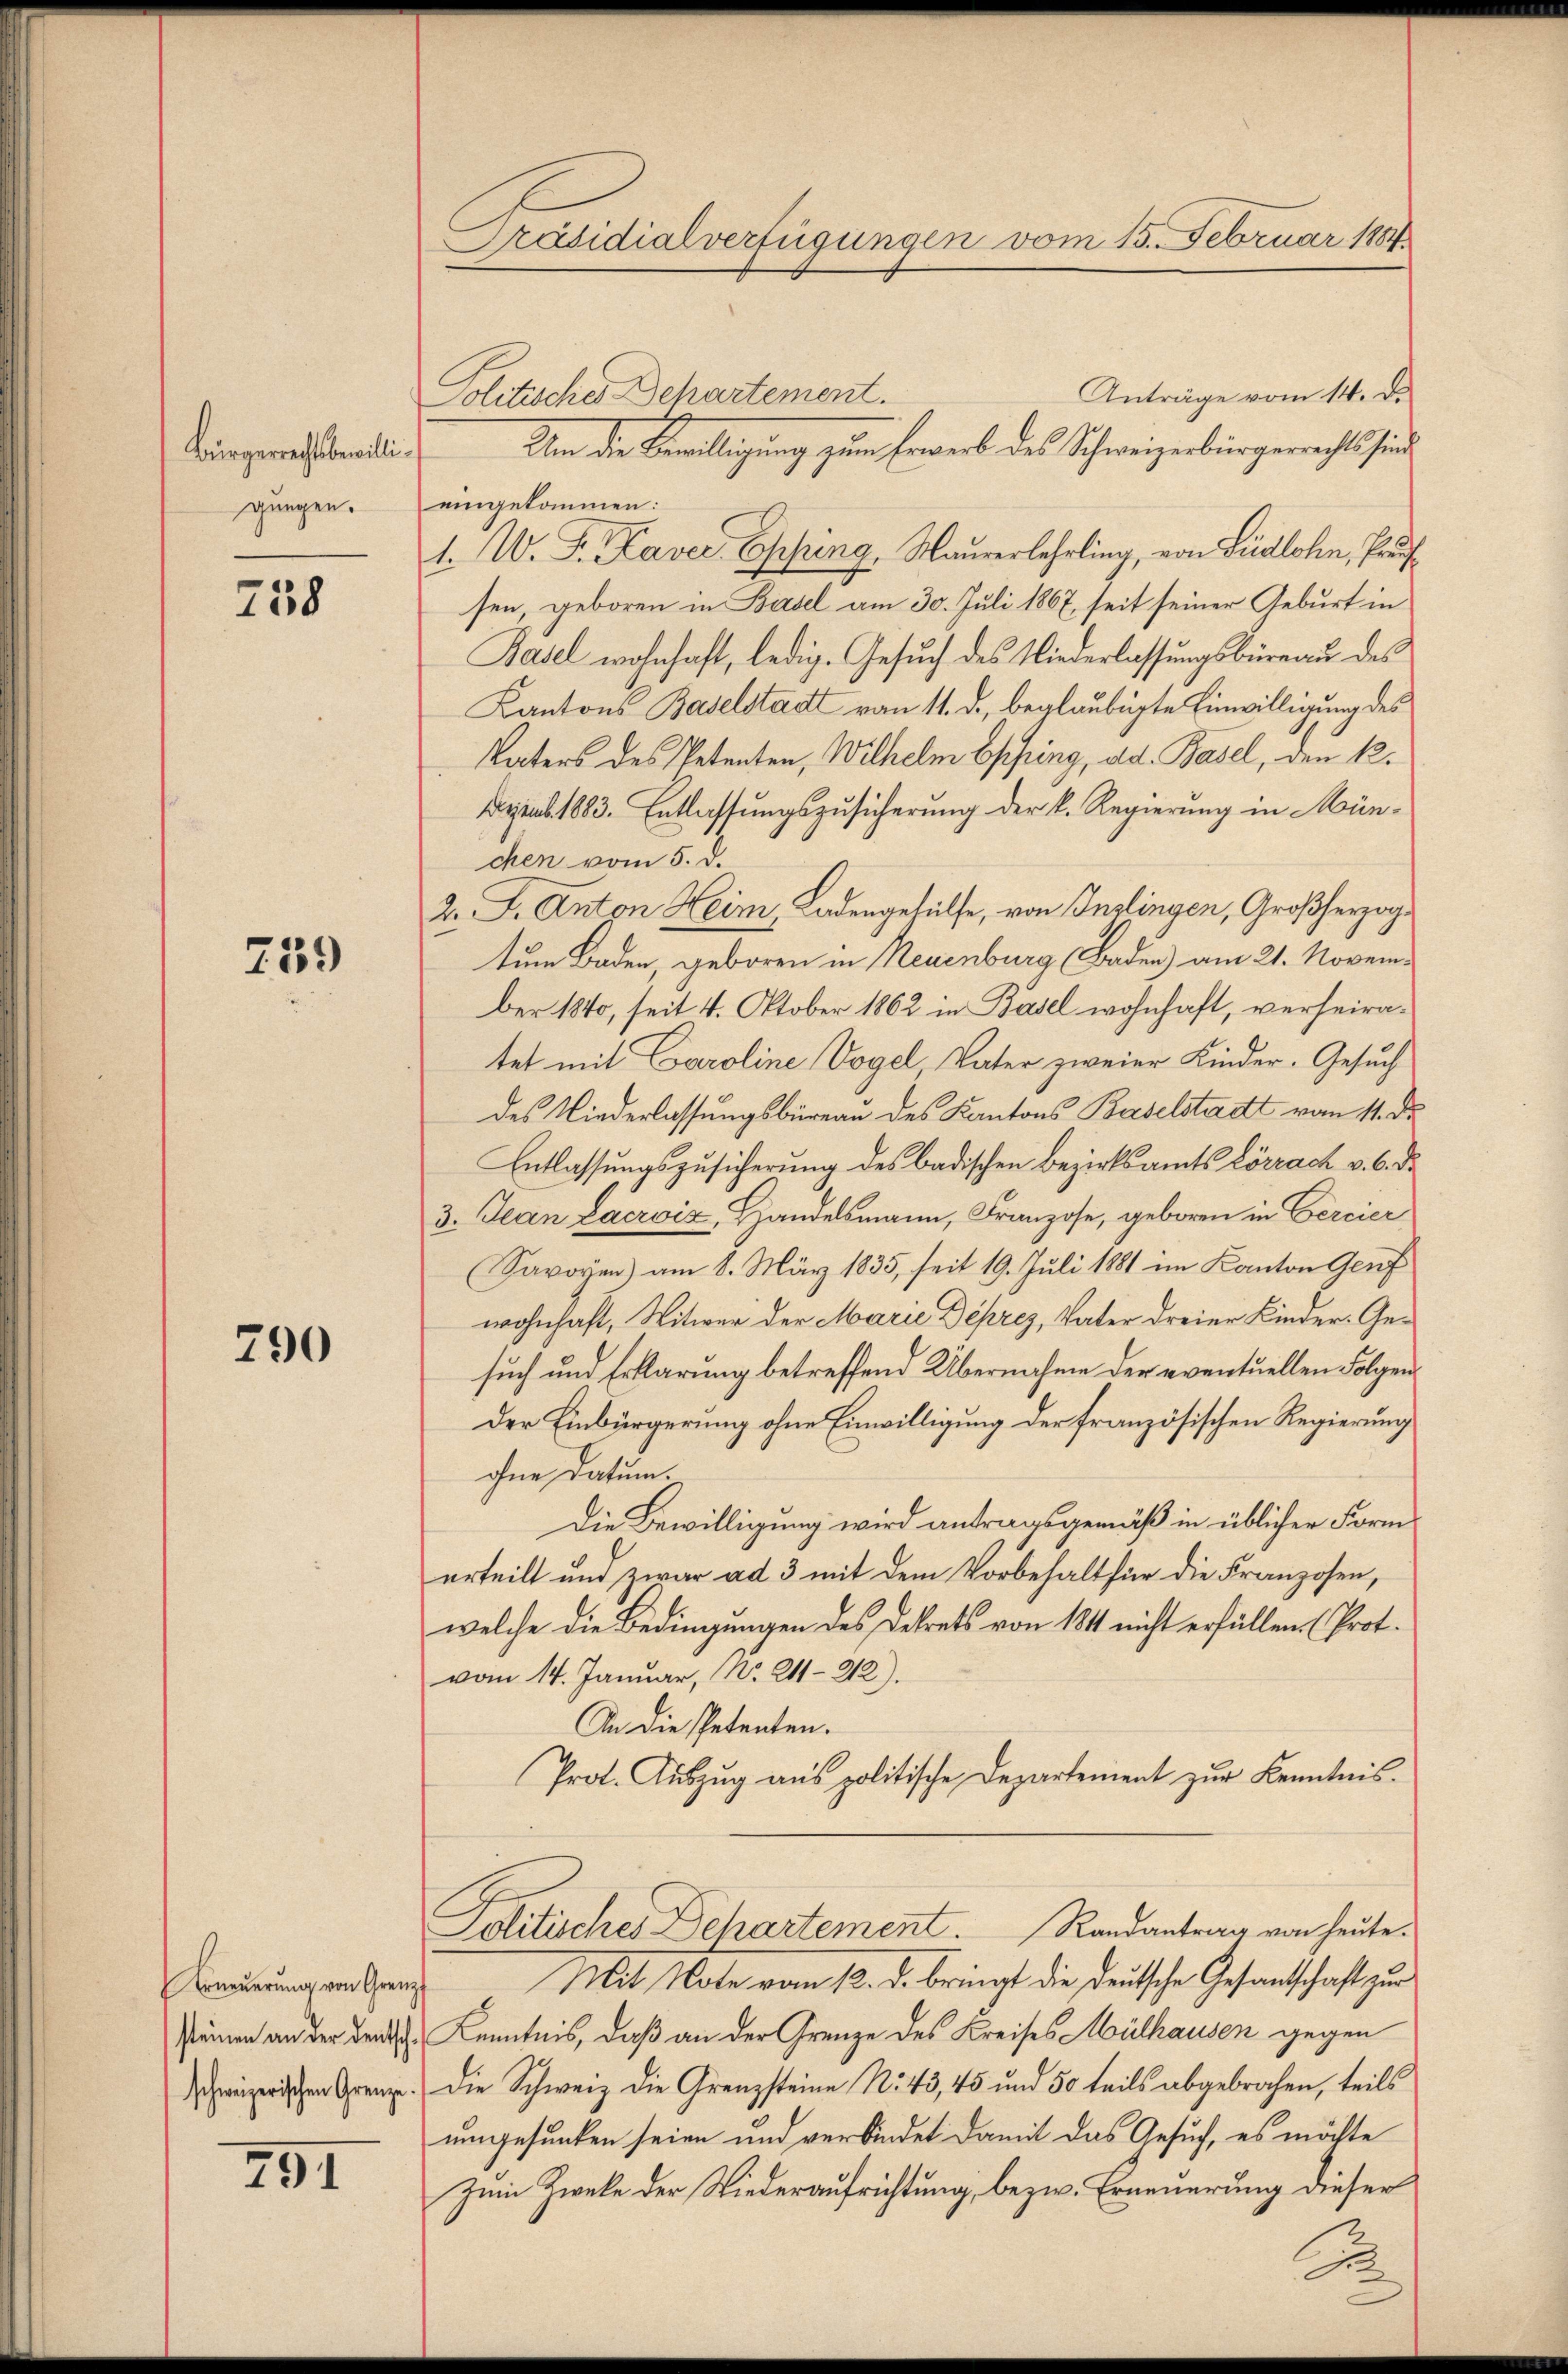
Bürgerrechtsbewilligungen.

738

259

790

schweizerischen Grenze.

791

Präsidialverfügungen vom 15. Februar 1884

Anträge vom 14. d.
Politisches Behartement.
Um die Bewilligung zum Erwerb des Schweizerbürgerrechtsfind
eingekommen:
1. W. F. Kavec Epping, Maurerlehrling, von Lidlohn, Praufsen, geboren in Basel am 30. Juli 1867, seit seiner Geburt in
Basel wohnhaft, ledig. Gesuch des Niederlassungsbüreau des
Kantons Baselstadt vom 11. d., beglaubigte Einwilligung des
Vaters des Petenten, Wilhelm Espring, ad. Basel, den k.
Dirab. 1883. Entlassungszusicherung der k. Regierung in München vom 5. d.
2. F. Anton Heim, Ladengehülfe, von Inslingen, Großherzoge
tum Baden, geboren in Neuenburg Baden) am 21. November 1840, seit 4. Oktober 1862 in Basel wohnhaft, verheiratet mit Caroline Vogel, Vater zweier Kinder. Gesuch
des Niederlassungsbüreau des Kantons Baselstadt vom 11. d.
Entlassungszusicherung des badischen Bezirksamts Lörrach v. 6. d.
3. Jean Lacroix, Handelsmann, Franzose, geboren in Gercier
Savoyen) am 8. März 1835, seit 19. Juli 1881 im Kanton Genf
wohnhaft, Witwer der Marie Deprez, Vater dreier Kinder-Gesuch und Erklärung betreffend Übernahme der eventuellen Folgen¬
Der Einbürgerung ohne Einwilligung der französischen Regierung
ohne Datum.
Die Bewilligung wird antragsgemäß in üblicher Form
erteilt und zwar ad 3 mit dem Vorbehalt für die Franzosen,
welche die Bedingungen des Dekrets von 1841 nicht erfüllen. (Prot.
vom 14. Januar, No. 211-212).
An die Petenten.
Prot. Auszug aus politische Departement zur Kenntnis.
Politisches Dehartement. Randantrag von heute.
Linierungenstand Mit Note vom 10. d. bringt die deutsche Gesandtschaft zu
seinen an der den Kenntnis, daß an der Grenze des Kreises Mülhausen gegen
Die Schweiz die Grenzsteine No 43, 45 und 50 teils abgebrochen, teils
umgesunken seien und verbindet damit das Gesuch, es möchte
Zum Zweke der Niederaufrichtung, bezw. Erneuerung dieser

Si